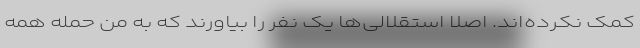
کمک نکرده‌اند. اصلا استقلالی‌ها یک نفر را بیاورند که به من حمله همه